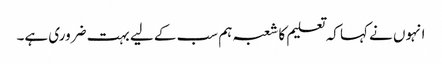
انہوں نے کہا کہ تعلیم کا شعبہ ہم سب کے لیے بہت ضروری ہے۔